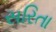
સરિતા